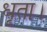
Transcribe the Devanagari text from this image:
धृता।